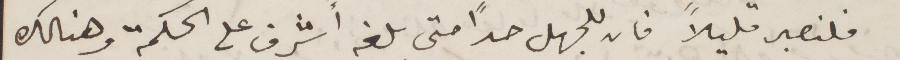
فلنصبر قليلًا فان للجهل حدًا متى بلغه اشرف على الحكمة وهنالك